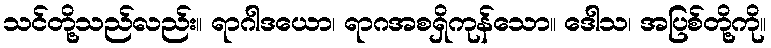
သင်တို့သည်လည်း။ ရာဂါဒယော၊ ရာဂအစရှိကုန်သော။ ဒေါသ၊ အပြစ်တို့ကို။